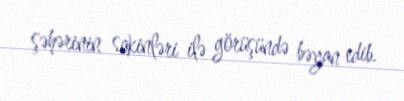
şəhərinin sakinləri ilə görüşündə bəyan edib.